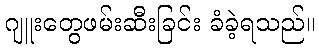
ဂျူးတွေဖမ်းဆီးခြင်း ခံခဲ့ရသည်။